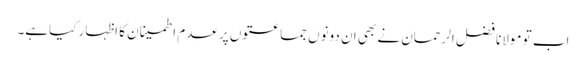
اب تو مولانا فضل الرحمان نے بھی ان دونوں جماعتوں پر عدم اطمینان کا اظہار کیاہے۔